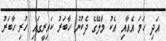
އަދި ހަމަ އެއާއި އެކު މާލޭގެ ދެކުނު ހާބަރު ކައިރީގައި ހުރި ހާބަރު